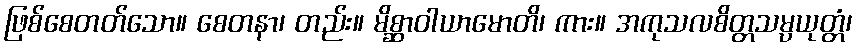
ဖြစ်စေတတ်သော။ စေတနာ၊ တည်း။ မိစ္ဆာဝါယာမောတိ၊ ကား။ အကုသလစိတ္တသမ္ပယုတ္တံ၊